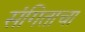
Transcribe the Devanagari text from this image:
संगिताचा